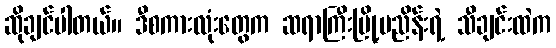
ဆိုချင်ပါတယ်။ ဒီစကားလုံးတွေက ဆရာကြီးမြို့မညိန်းရဲ့ သီချင်းထဲက